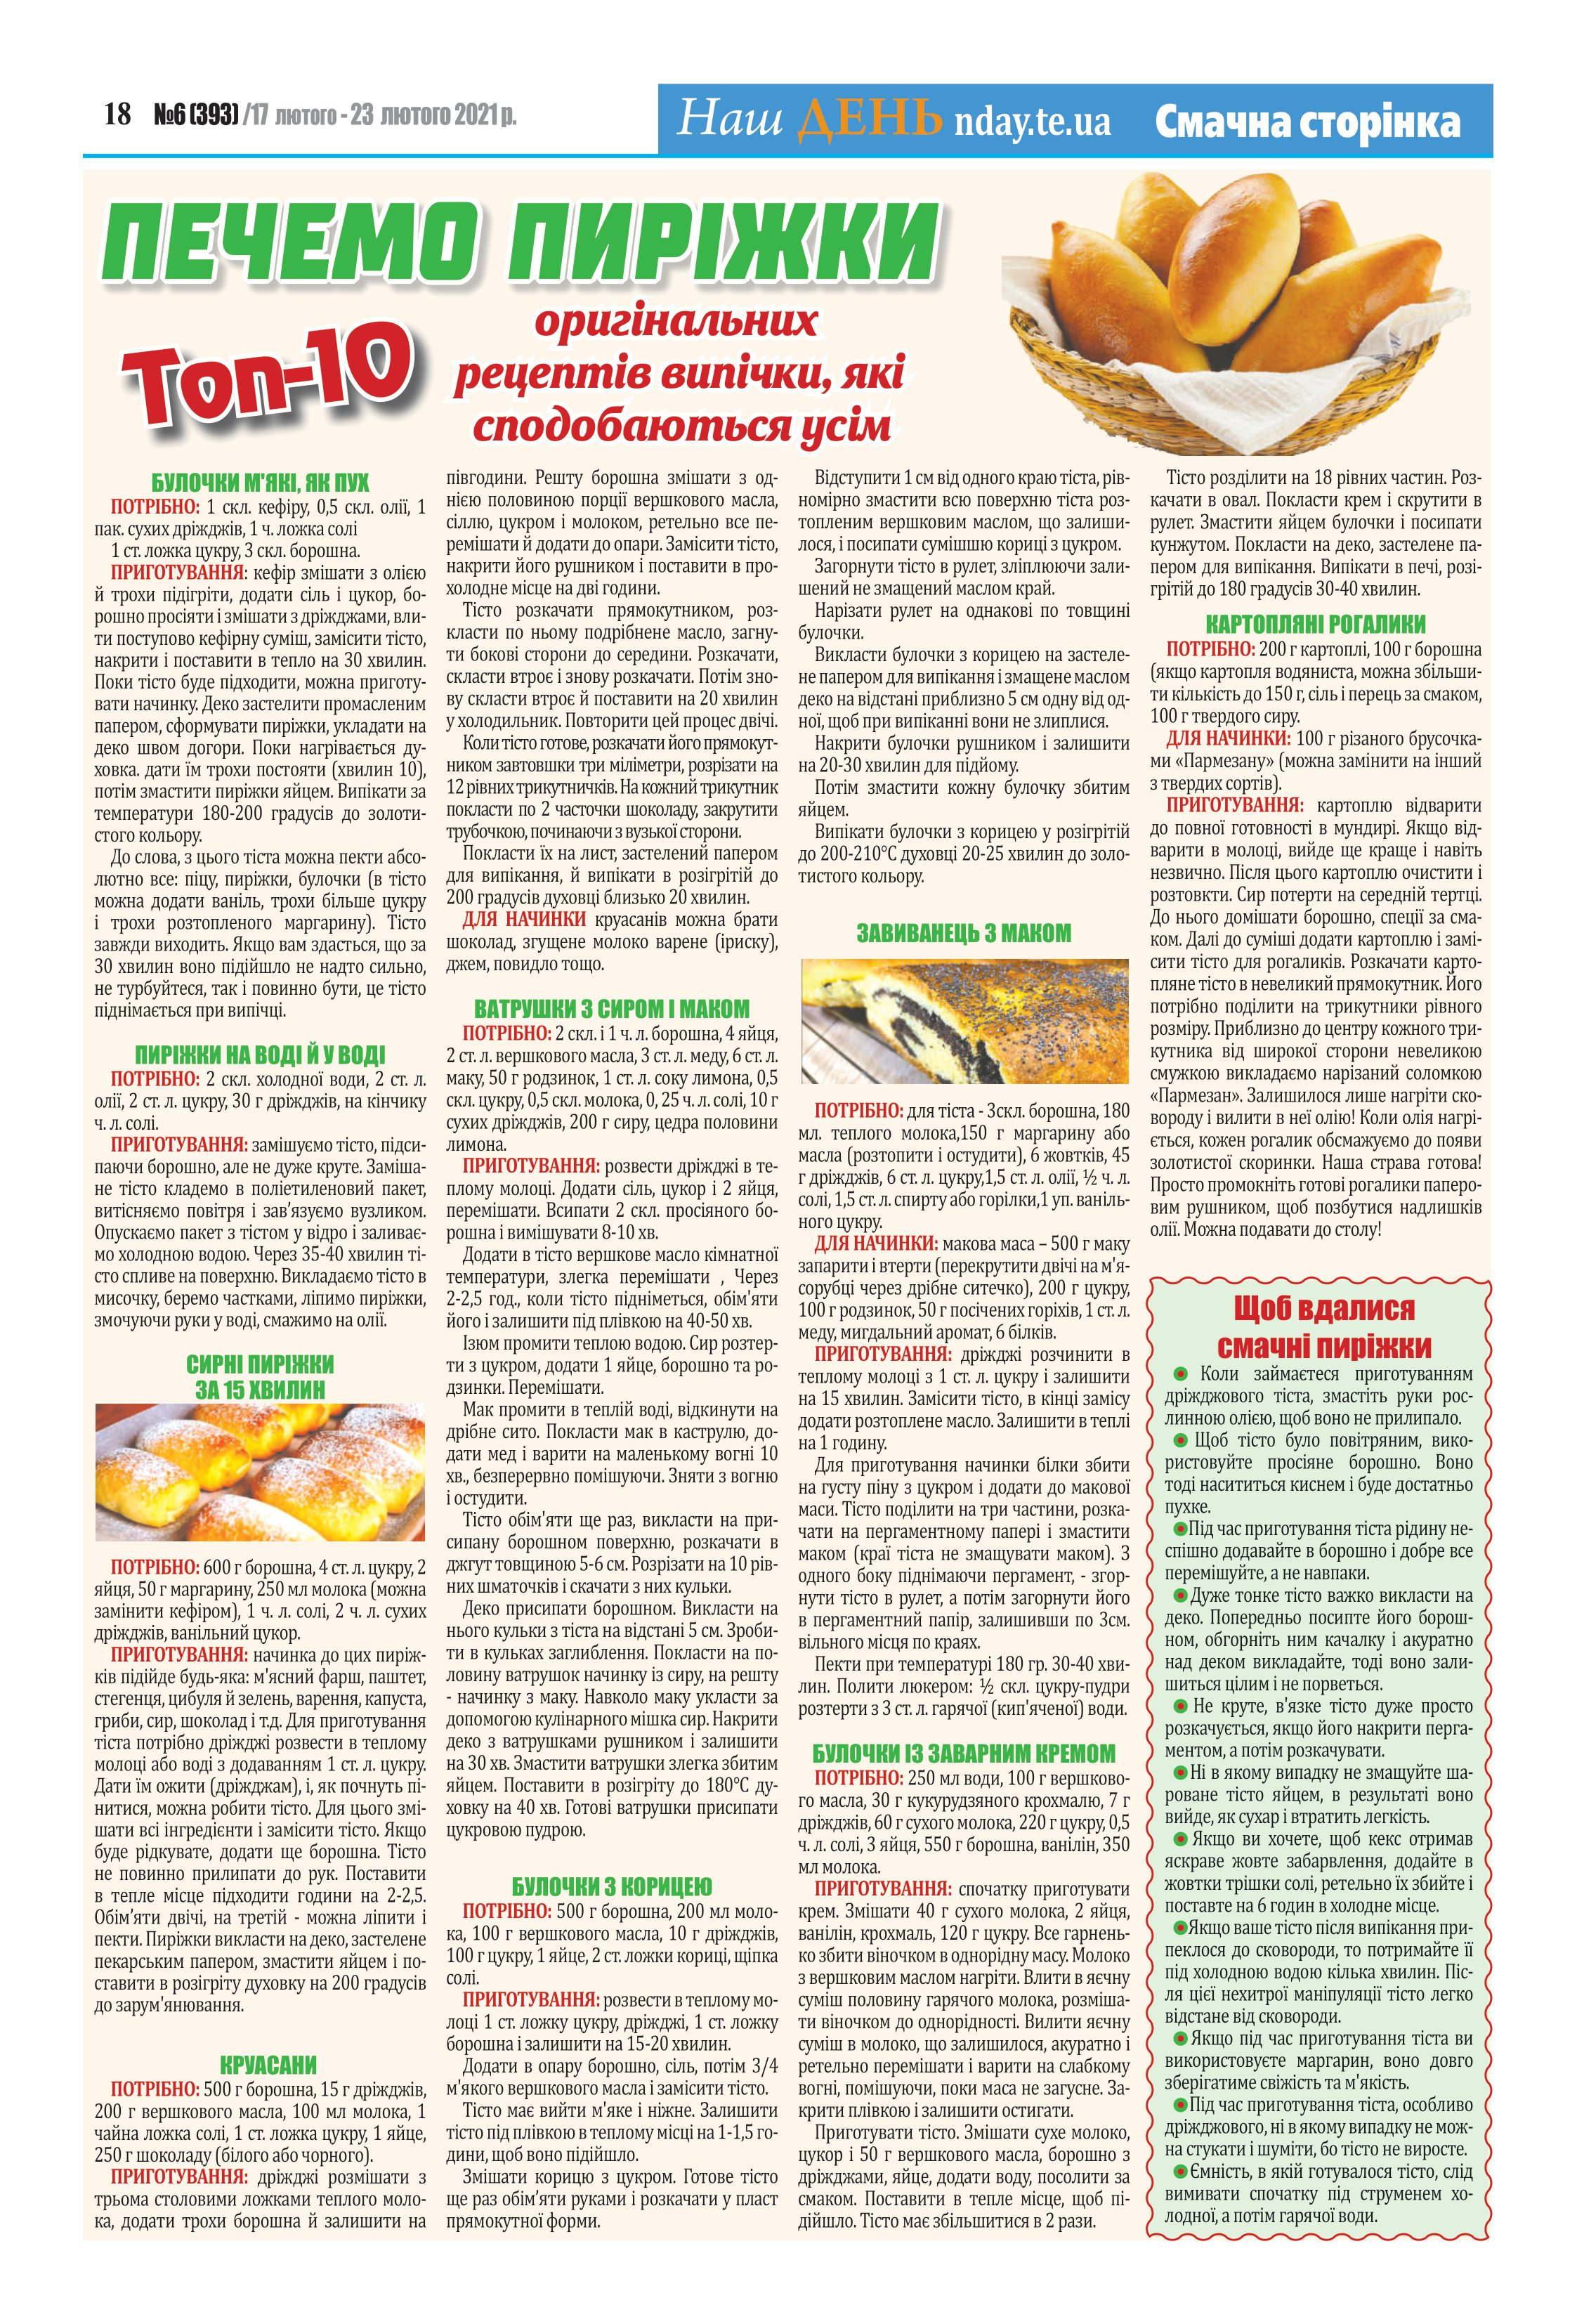
Language: uk